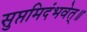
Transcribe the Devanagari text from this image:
सुप्तमिदंभवेत्॥